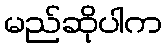
မည်ဆိုပါက